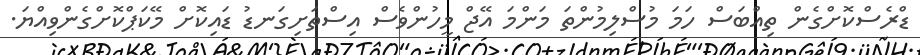
ޑްރެސްކޮށްގެން ތިއްބަސް ހަމަ މުސްލިމުންތަ މަންމަ އޭޖް މީހުންވެސް އިސްތަށިގަނޑު ޑައިކޮށް މޭކަޕްކޮށްގެންވިއްޔަ.